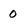
Character: 0